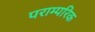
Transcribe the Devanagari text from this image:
पराम्परिक